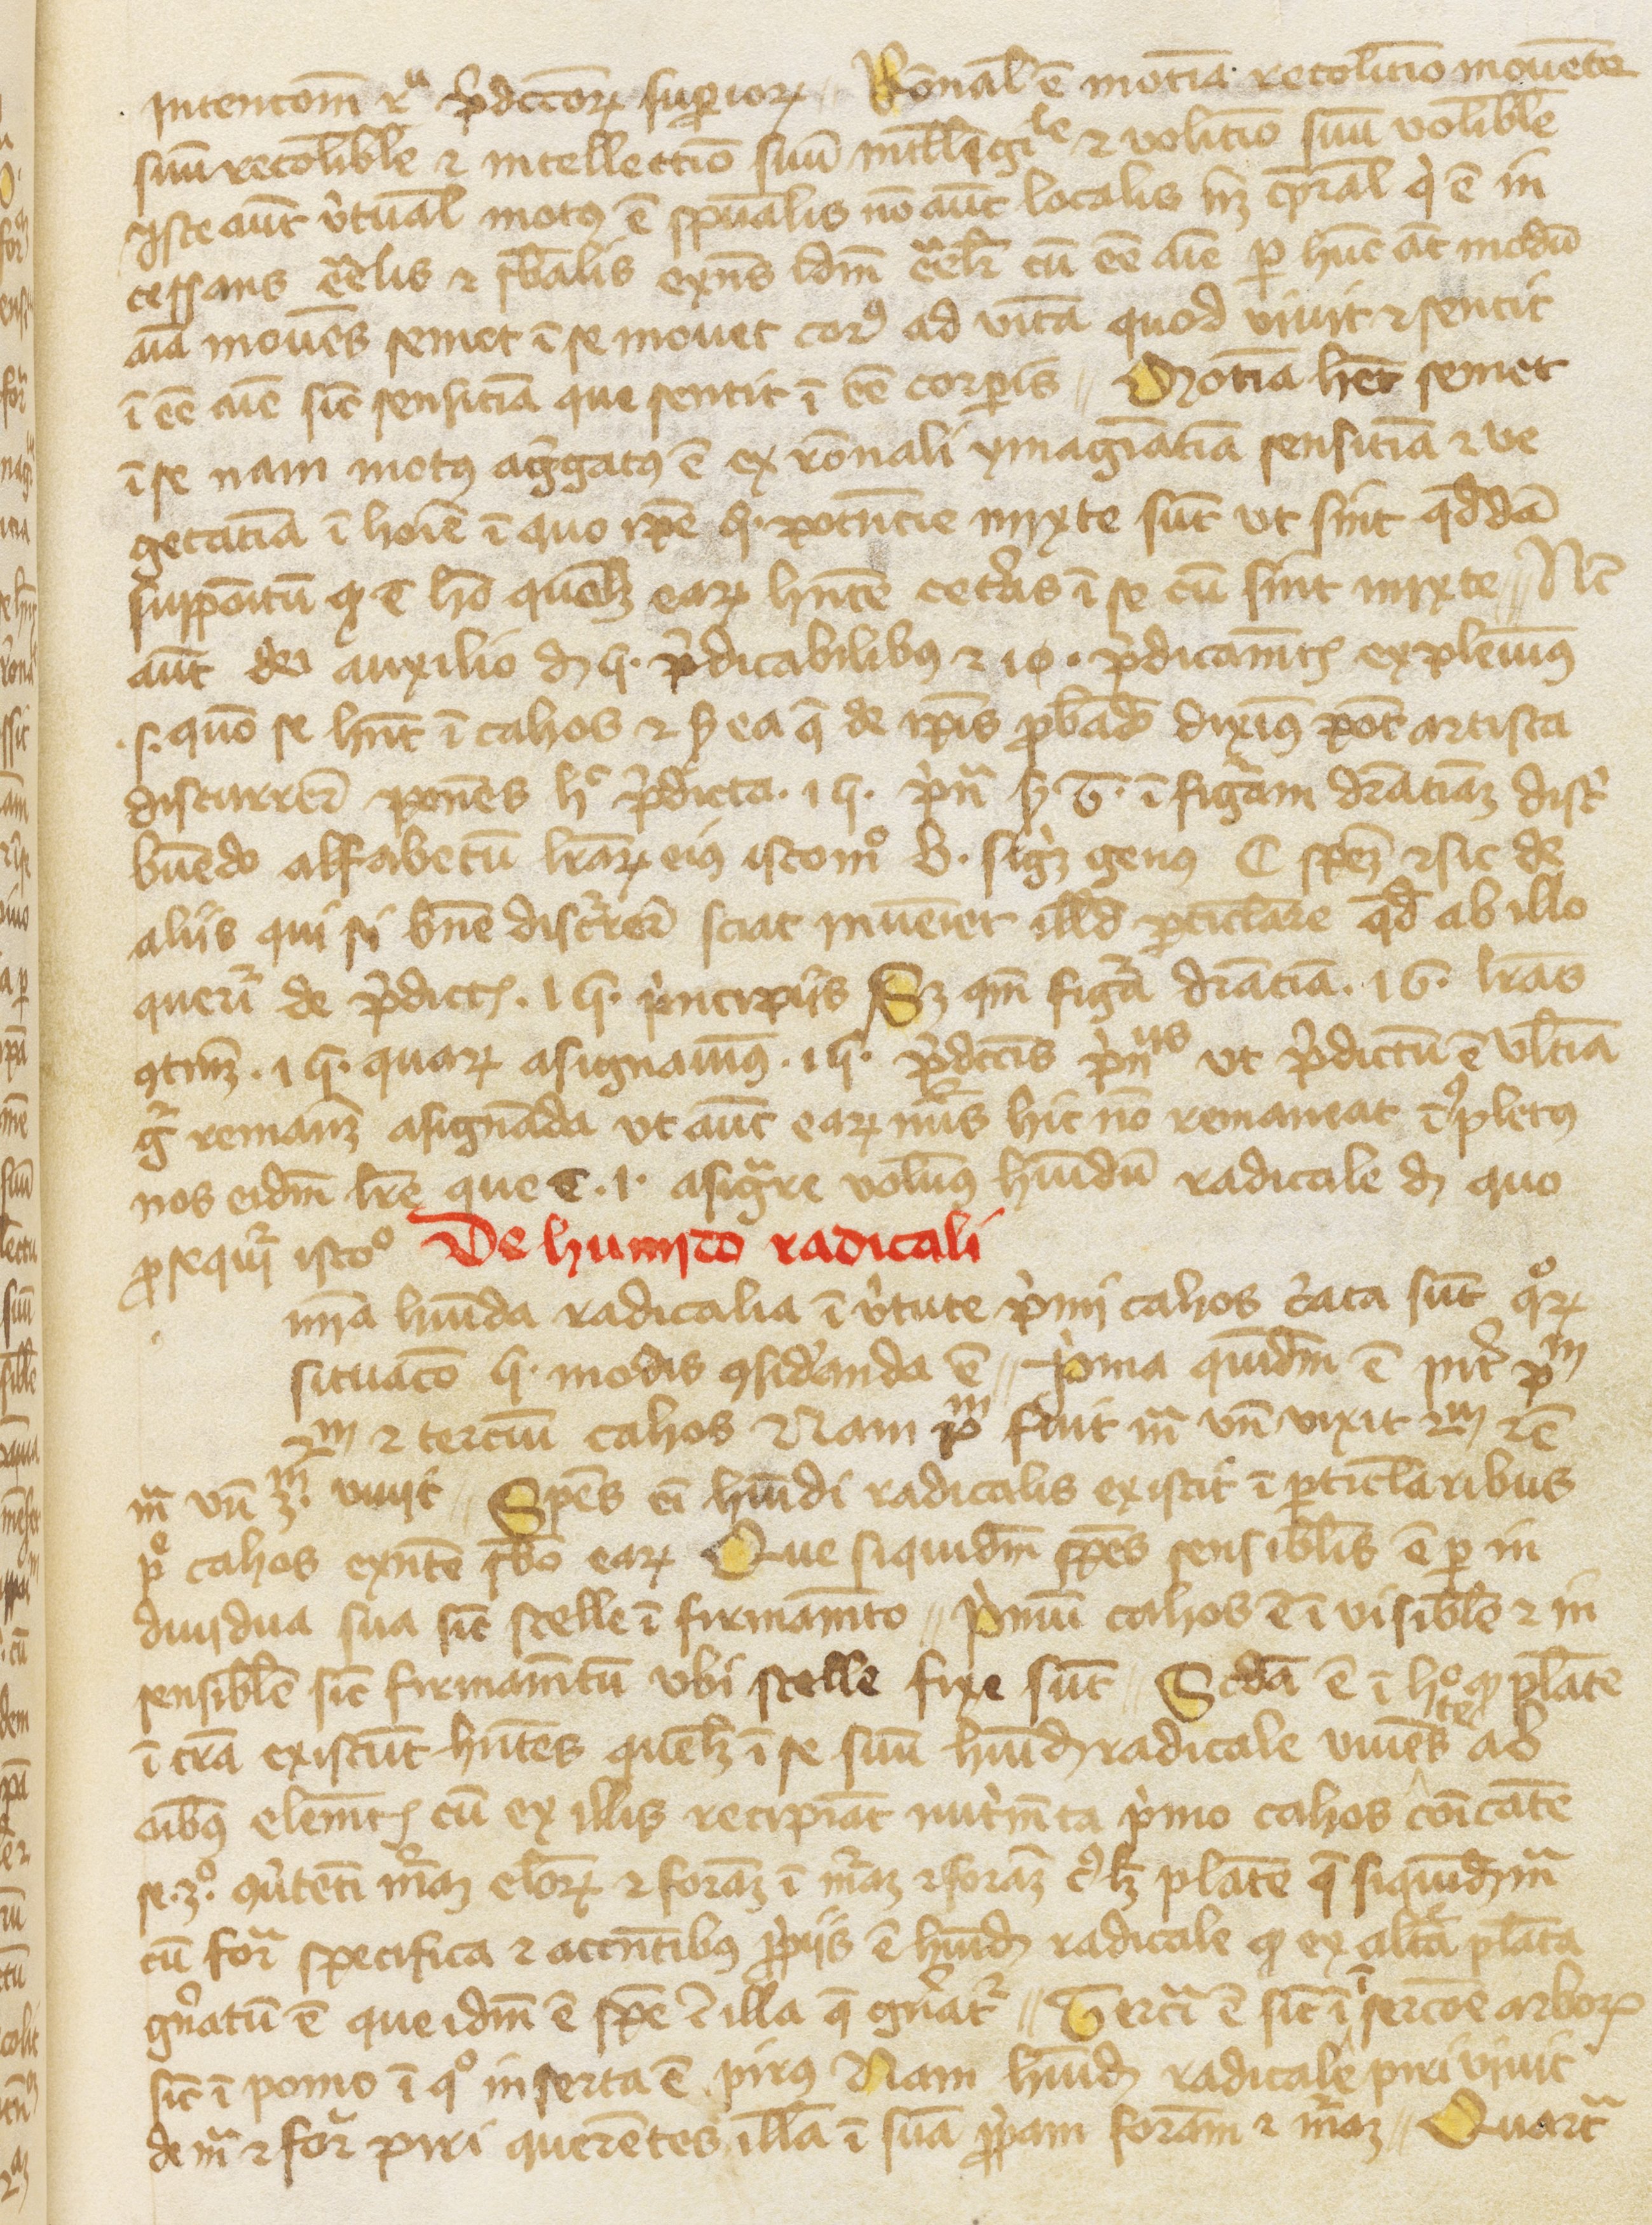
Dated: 1300–1399